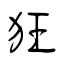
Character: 狂